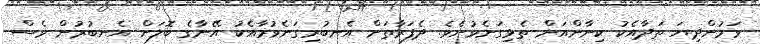
ވަމުންދިޔަ ތަދާއެކު ކިނާންއަށް ތެޅިގަނެވުނެވެ. ދެފަރާތަށް އެނބުރިގަނެވުމާއެކު އޭނާގެ ބޮލަށް އެނބުރުން ވެސް